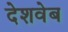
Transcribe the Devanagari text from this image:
देशवेब